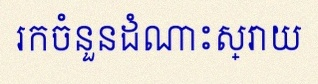
រកចំនួនដំណោះស្រាយ